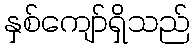
နှစ်ကျော်ရှိသည်